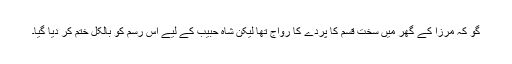
گو کہ مرزا کے گھر میں سخت قسم کا پردے کا رواج تھا لیکن شاہ حبیب کے لیے اس رسم کو بالکل ختم کر دیا گیا۔